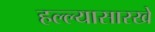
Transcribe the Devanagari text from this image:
हल्ल्यासारखे